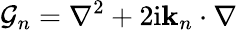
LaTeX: \mathcal{G}_{n}=\nabla^{2}+2\mathrm{i}\mathbf{k}_{n}\cdot\nabla